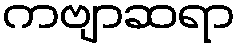
ကဗျာဆရာ